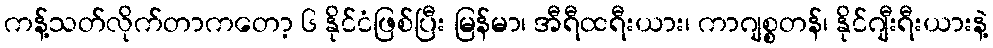
ကန့်သတ်လိုက်တာကတော့ ၆ နိုင်ငံဖြစ်ပြီး မြန်မာ၊ အီရီထရီးယား၊ ကာဂျစ္စတန်၊ နိုင်ဂျီးရီးယားနဲ့